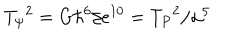
T _ { \psi } { } ^ { 2 } = G \hbar ^ { 6 } / e ^ { 1 0 } = T _ { P } { } ^ { 2 } / \alpha ^ { 5 }